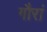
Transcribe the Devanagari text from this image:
गौरां